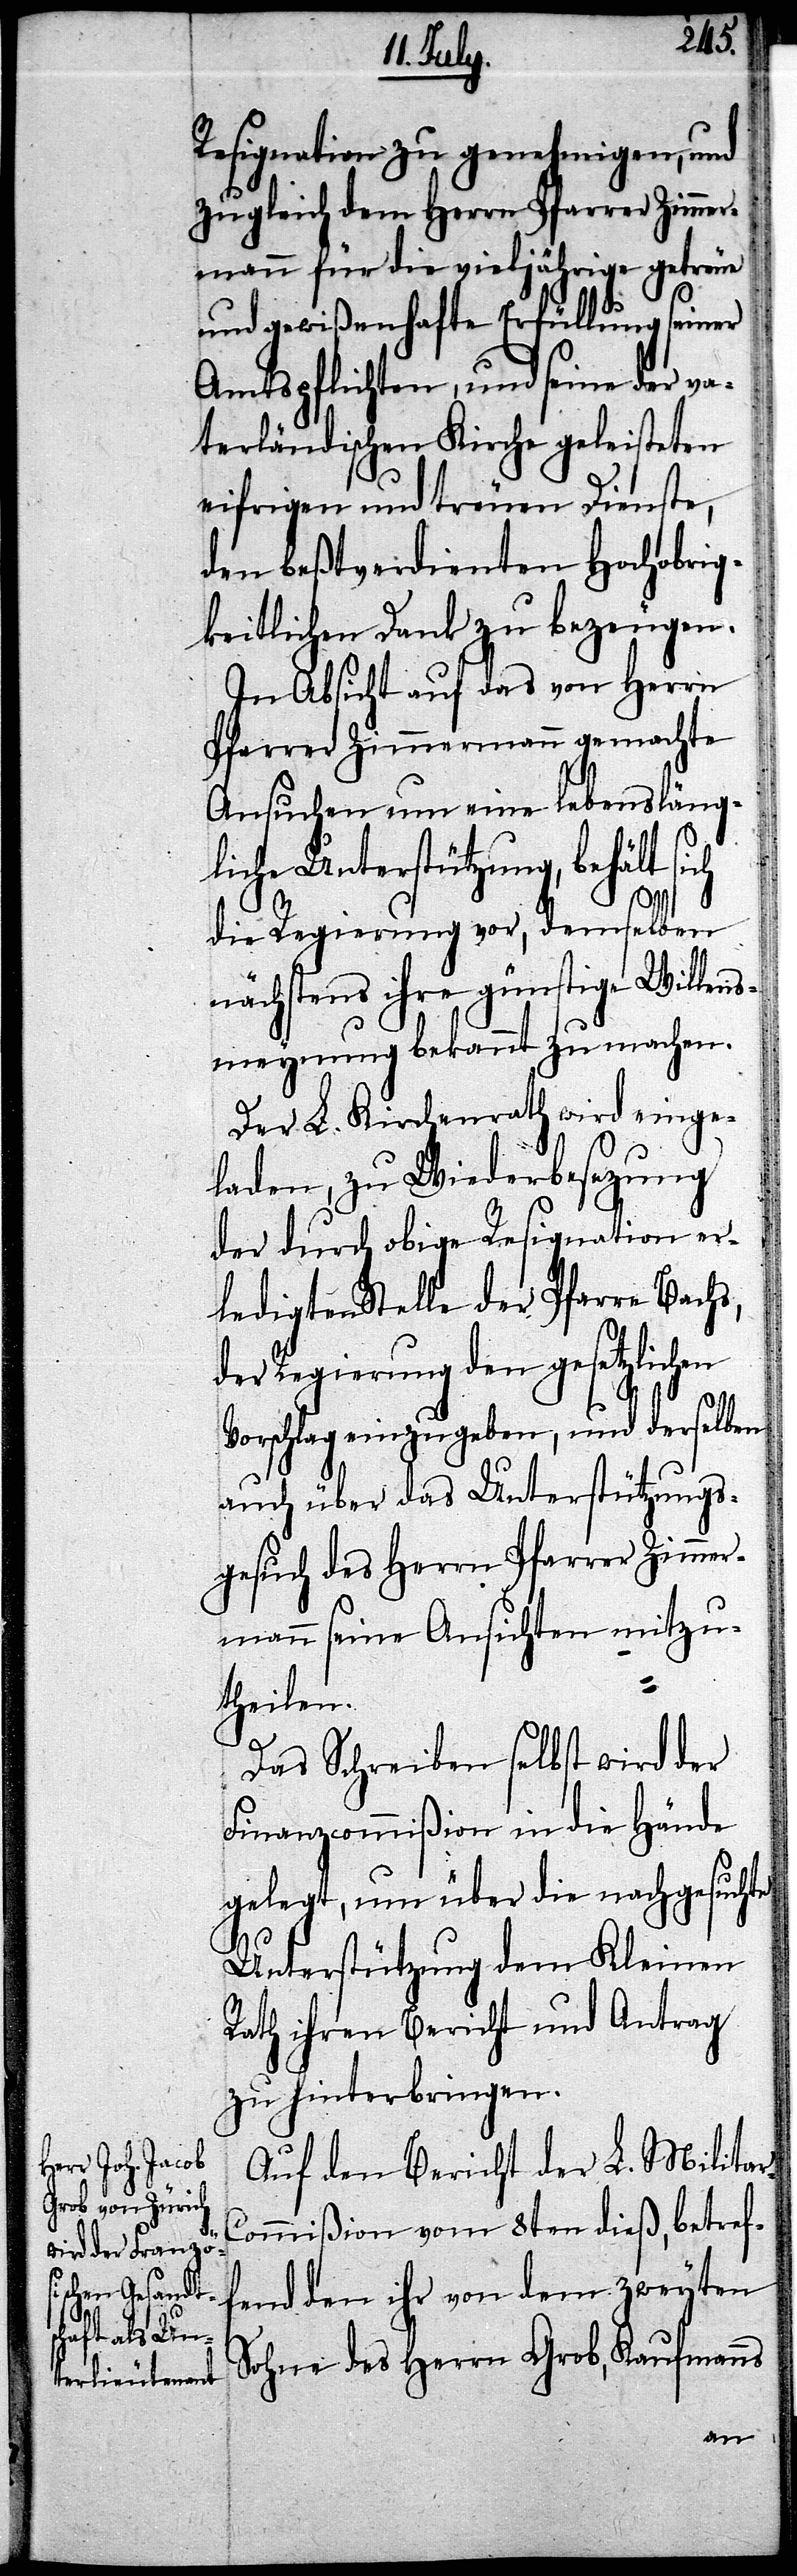
Resignation zu genehmigen, und
zugleich dem Herrn Pfarrer Zimme¬
rmann für die vieljährige getreue
und gewißenhafte Erfüllung der
terländischen Kirche geleisteten
eifrigen und treuen Dienste,
den beßtverdienten Hochobrig¬
keitlichen Dank zu bezeugen.
In Absicht auf das von Herrn
Pfarrer Zimmermann gemachte
Ansuchen um eine lebensläng¬
liche Unterstützung, behält
die Regierung vor, demselben
nächstens ihre günstige Willens¬
meynung bekannt zu machen.
Der L. Kirchenrath wird einge¬
laden, zu Wiederbesezung
der durch obige Resignation er¬
ledigten Stelle der Pfarre Bachs,
der Regierung den gesetzlichen
Vorschlag einzugeben, und derselben
auch über das Unterstützungs¬
gesuch des Herrn Pfarrer Zimmer¬
mann seine Ansichten mitzu¬
theilen.
Das Schreiben selbst wird der
Finanzcommißion in die Hände
gelegt, um über die nachgesuchte
Unterstützung dem Kleinen
Rath ihren Bericht und Antrag
zu hinterbringen.
Auf den Bericht der L. Militar-C¬
ommißion vom 8ten dieß, betref¬
fend den ihr von dem zweyten
Sohne des Herrn Grob, Kaufmanns
va¬